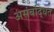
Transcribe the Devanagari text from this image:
असंबद्धित